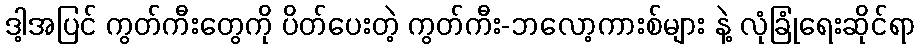
ဒါ့အပြင် ကွတ်ကီးတွေကို ပိတ်ပေးတဲ့ ကွတ်ကီး-ဘလော့ကားစ်များ နဲ့ လုံခြုံရေးဆိုင်ရာ